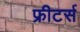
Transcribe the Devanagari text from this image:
फ्रीटर्स